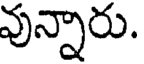
వున్నారు.